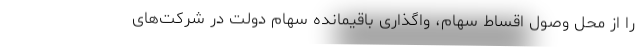
را از محل وصول اقساط سهام، واگذاری باقیمانده سهام دولت در شرکت‌های